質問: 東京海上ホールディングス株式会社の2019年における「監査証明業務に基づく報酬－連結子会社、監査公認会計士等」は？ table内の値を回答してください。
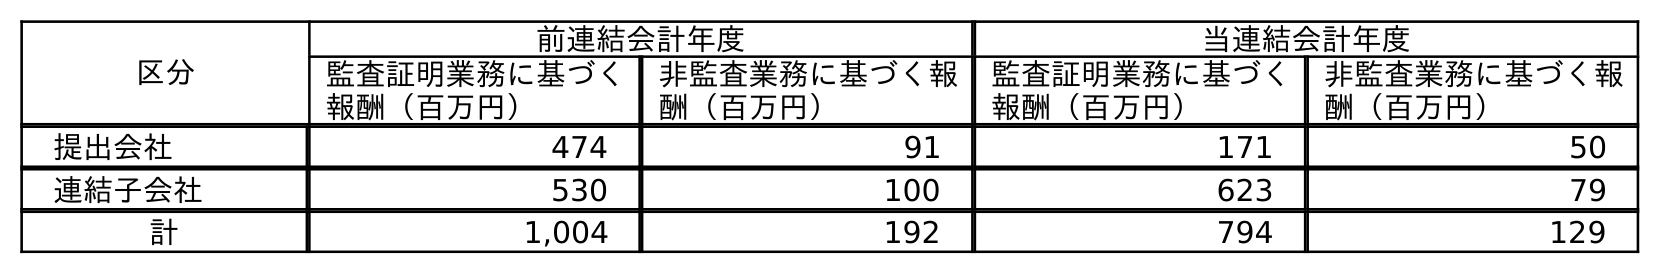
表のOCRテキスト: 区分 前連結会計年度 当連結会計年度 監査証明業務に基づく 報酬（百万円） 非監査業務に基づく報 酬（百万円） 監査証明業務に基づく 報酬（百万円） 非監査業務に基づく報 酬（百万円） 提出会社 474 91 171 50 連結子会社 530 100 623 79 計 1,004 192 794 129
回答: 530